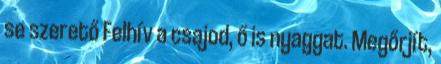
se szerető Felhív a csajod, ő is nyaggat. Megőrjít,